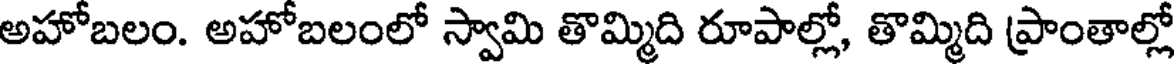
అహోబలం. అహోబలంలో స్వామి తొమ్మిది రూపాల్లో, తొమ్మిది ప్రాంతాల్లో